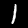
Digit: 1